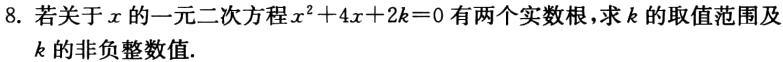
8. 若关于\(x\)的一元二次方程\(x^{2}+4x + 2k = 0\)有两个实数根，求\(k\)的取值范围及\(k\)的非负整数值.